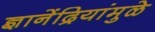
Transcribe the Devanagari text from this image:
ज्ञानेंद्रियांमुळे